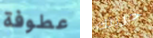
عطوفة حريتك